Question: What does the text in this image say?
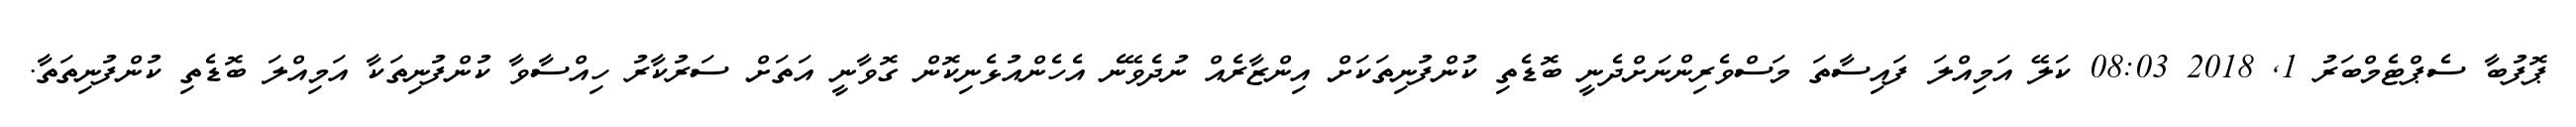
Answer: ޕޮފުބާ ސެޕްޓެމްބަރު 1, 2018 08:03 ކަލޭ އަމިއްލަ ފައިސާތަ މަސްވެރިންނަށްދެނީ ބޮޑެތި ކުންފުނިތަކަށް އިންޒާރެއް ނުދެވޭނެ އެހެންއުޅެނިކޮން ގޮވާނީ އަތަށް ސަރުކާރު ހިއްސާވާ ކުންފުނިތަކާ އަމިއްލަ ބޮޑެތި ކުންފުނިތަތާ.